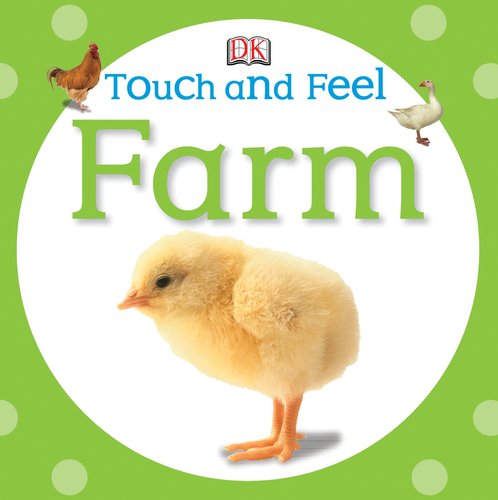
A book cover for Touch and Feel: Farm (Touch & Feel); DK Publishing; Children's Books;